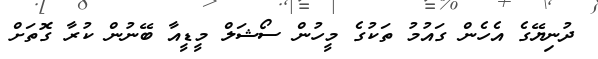
ދުނިޔޭގެ އެހެން ގައުމު ތަކުގެ މީހުން ސޯޝަލް މީޑީއާ ބޭނުން ކުރާ ގޮތަށް